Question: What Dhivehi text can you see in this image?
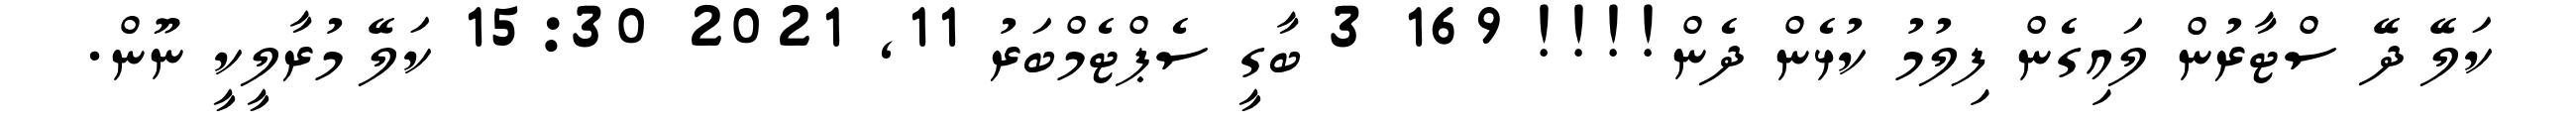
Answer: ކަލޭ ދޭ ސްޓާރުން ލައިގެން ފިލުމު ކުޅެން ދެން!!!! 169 3 ބާގީ ސެޕްޓެމްބަރު 11, 2021 15:30 ކަލޭ މުރާލީކީ ނޫން.